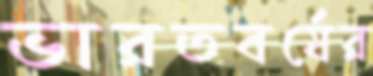
ভারতবর্ষের